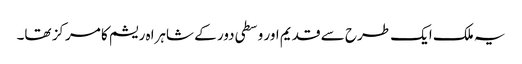
یہ ملک ایک طرح سے قدیم اور وسطی دور کے شاہراہ ریشم کا مرکز تھا۔